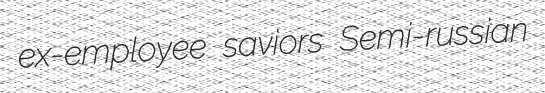
ex-employee saviors Semi-russian